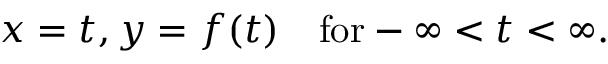
x = t , y = f ( t ) \quad \mathrm { f o r } - \infty < t < \infty .